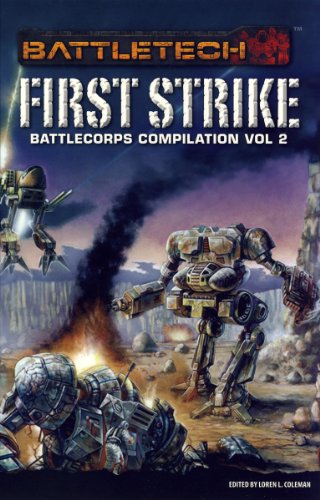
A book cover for Battlecorps Anthology Vol 2 First Strike (Battletech (Unnumbered)); Science Fiction & Fantasy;